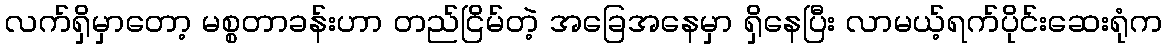
လက်ရှိမှာတော့ မစ္စတာခန်းဟာ တည်ငြိမ်တဲ့ အခြေအနေမှာ ရှိနေပြီး လာမယ့်ရက်ပိုင်းဆေးရုံက